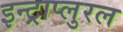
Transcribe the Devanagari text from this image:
इन्ट्राप्लुरल